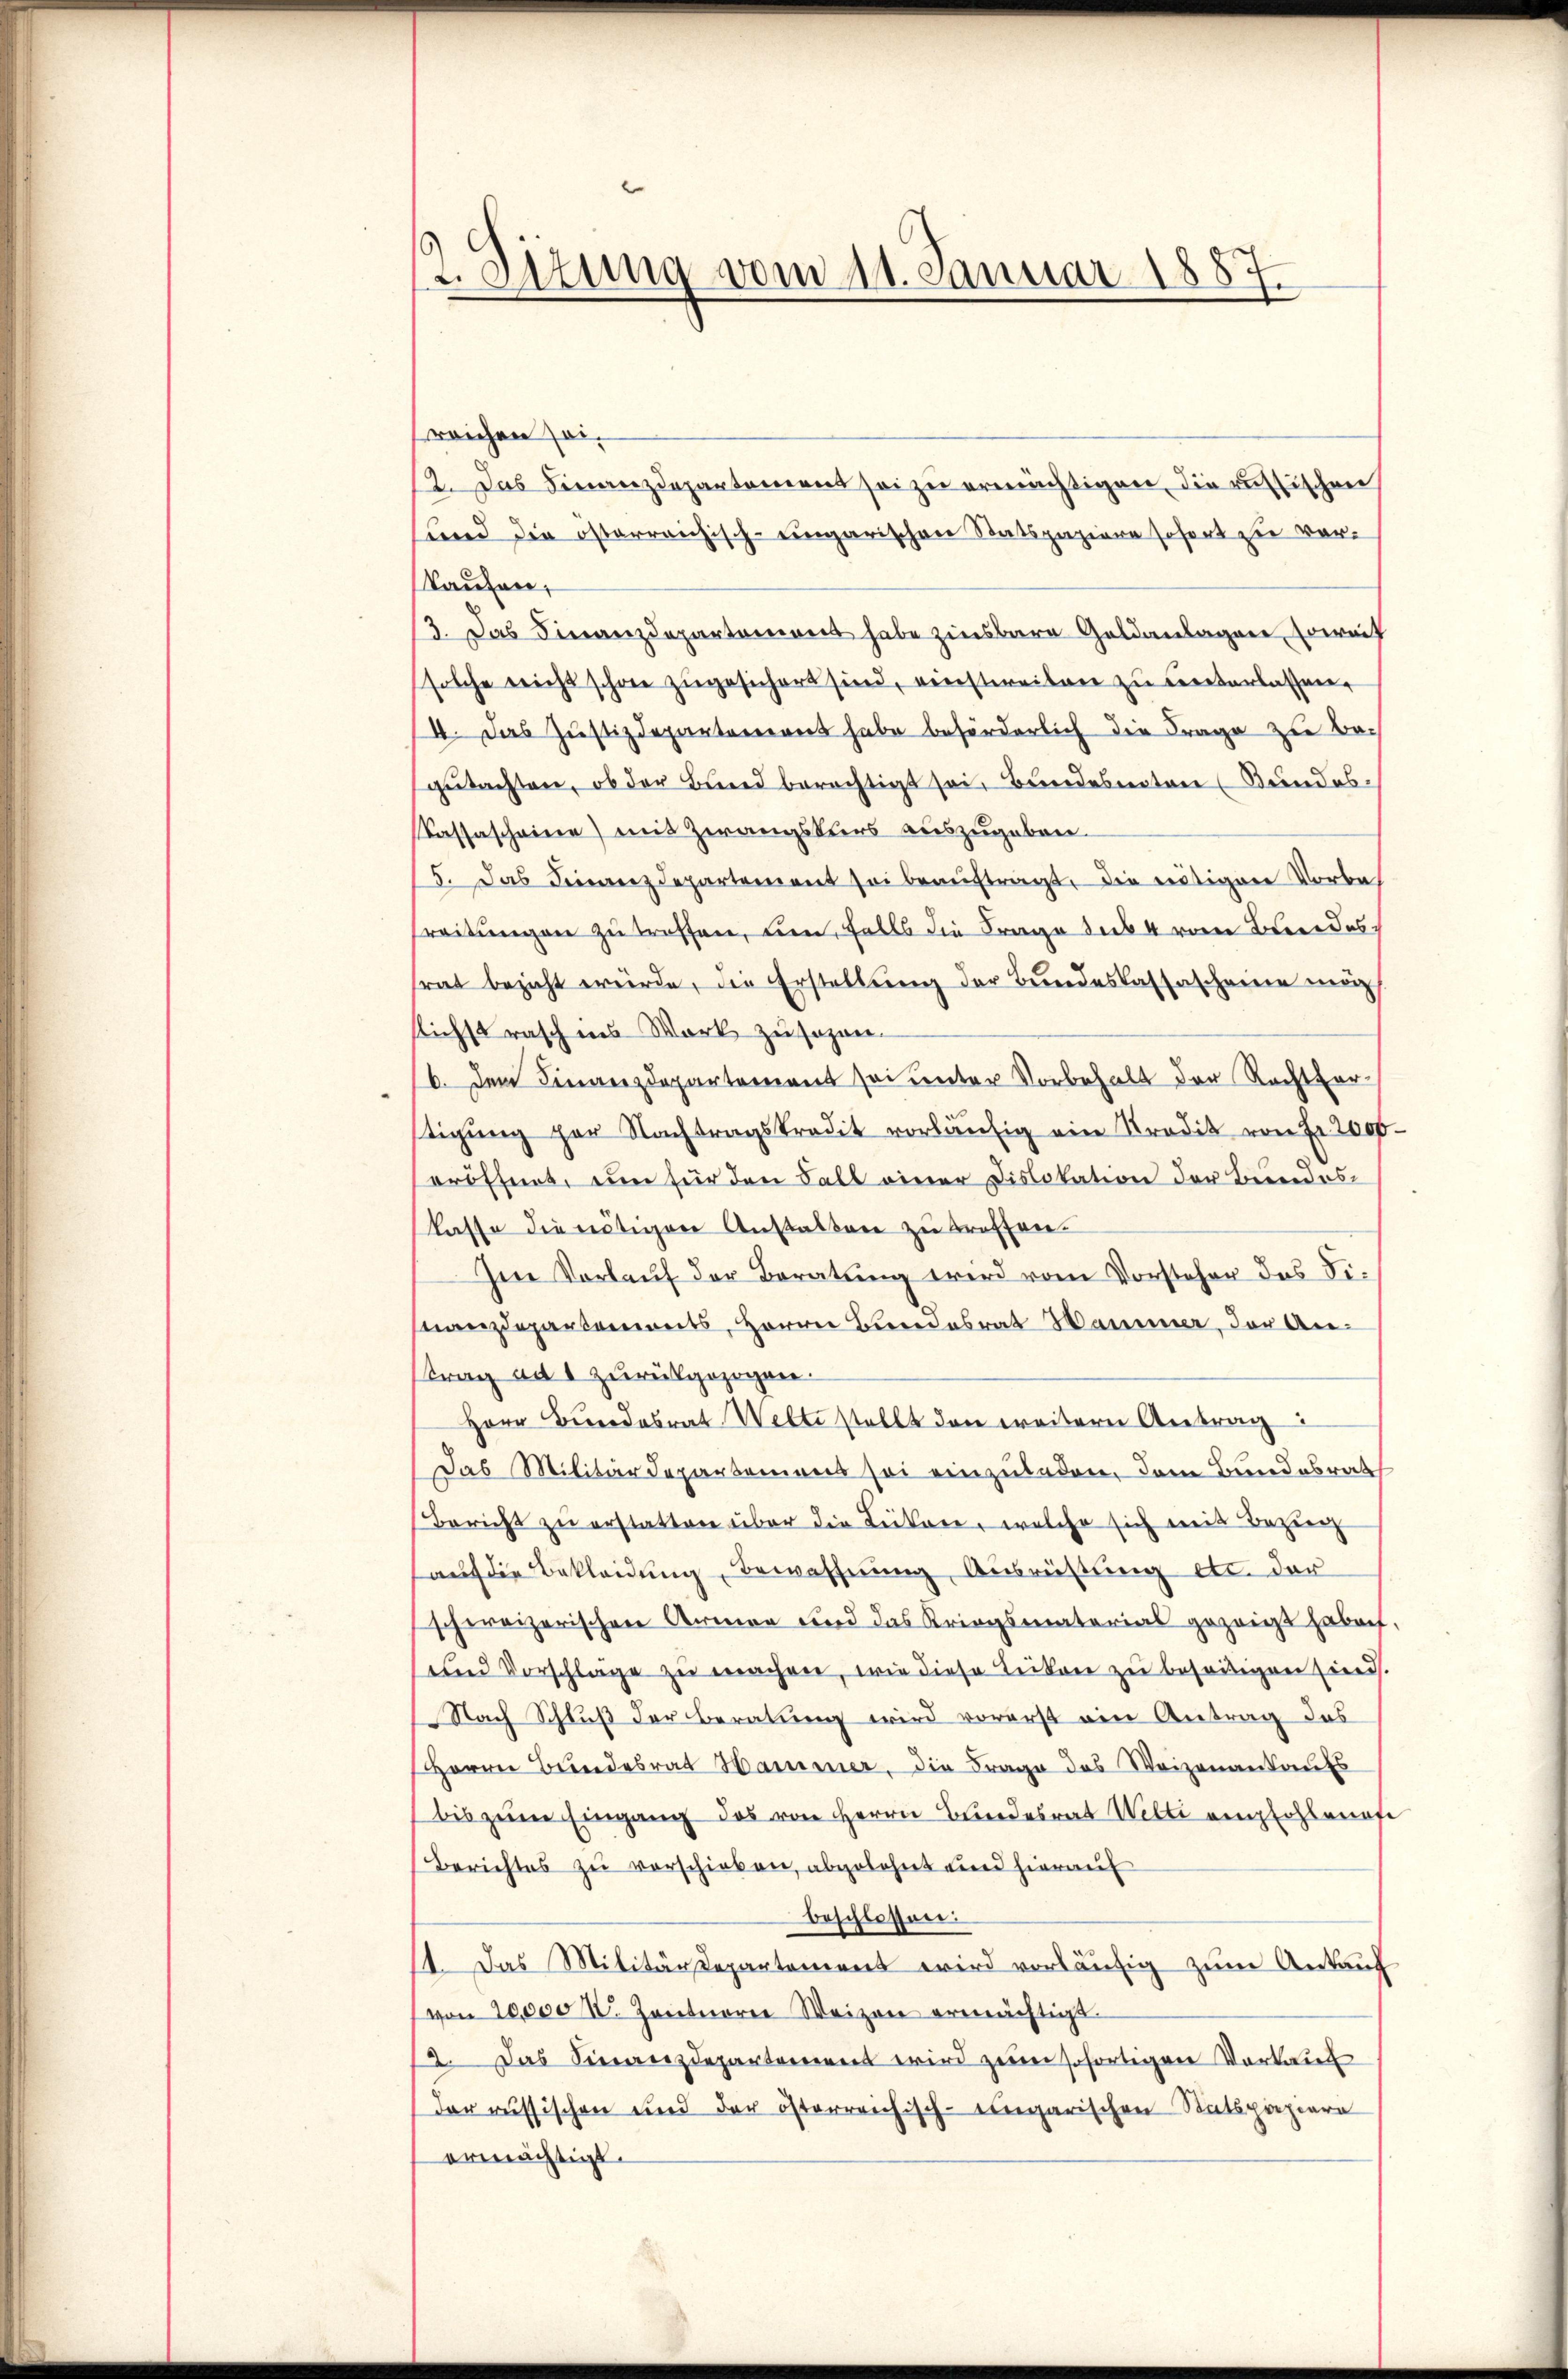
2. Sizung vom 11. Januar 1887

sreichen sei¬
12. Das Finanzdepartement sei zu ermächtigen, die russischen
und die österreichisch-ungarischen Ratspaziere sofort zu verkaufen,
13. Das Finanzdepartemont habe zinsbare Geldanlagen, soweit
solche reicht schon zugesichert sind, einstweilen zu unterlassen.
14. Das Justizdepartement habe beförderlich die Frage zu Begutachten, ob der Bund berechtigt sei, Bundesten (Bundes¬
Kassascheine) mit Zwangskurs auszugeben.
15. Das Finanzdepartement sei beaŭftragt, die nötigen Vorbereitungen zu treffen, um, falls die Frage sub 4 vom Bundes.
srat bezicht würde, die Erstellung der Bundeskassascheine mög
flichst rasch ins Werk zu sagen.
b. dem Finanzdepartement sei unter Vorbehalt der Rechtferstigung per Nachtragskredit vorläŭfig ein Tradit von Fr. 2000
eröffnet, um für den Fall einer Dislokation der Bundesklasse die nötigen Anstalten zu treffen.
Im Vorlauf der Beratung wird vom Vorsteher das Finanzdepartements, Herrn Bundesrat Hammer, der Antrag ad 1 zurückgezogen.
Herr Bundesrat Welti stellt den weitere Antrag:
Das Militärdepartemens sei einzuladen, dem Bundesrath
Bericht zu erstatten über die Leitere, welche sich mit Bezir
auf die Bekleidung, Bewaffnung, Ausrüstung etc. der
schweizerischen Armen und das Kriegsmaterial gezeigt haben
und Vorschlage zu machen, wie diese Lücken zu beseitigen hies.
Nach Schluß der Beratung wird vorerst ein Antrag das
Herrn Bundesrat Hammer, die Frage des Weizenantaŭfs
(bis zum Eingang des von Herrn Bundesrat Welti empfohlenfe
Berichtes zu verschieben, abgelehnt und hierauf
beschlossen:
1 das Militärdepartement wird vorläŭfig zŭm Ankaŭf
(von 20,000 I. Zentner Weizen ermächtigt.
2. Das Finanzdepartement wird zum sofortigen Vorkauf
der russischen und der österreichisch-ungarischen Ratsproziere
ermächtigt.